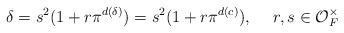
LaTeX: \begin{align*}\delta=s^{2}(1+r\pi^{d(\delta)})=s^{2}(1+r\pi^{d(c)}),\quad\; r,s\in \mathcal{O}_{F}^{\times}\,\end{align*}